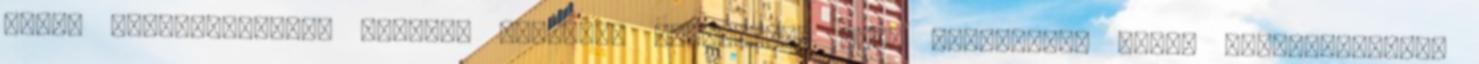
utcai veszekedéssel, amelyet követően fegyverrel való visszaélés miatt felfüggesztett